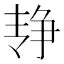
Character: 𰁓